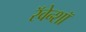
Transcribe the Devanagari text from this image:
रॅवेन्शॉ